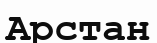
Арстан